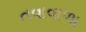
તવાવાળા